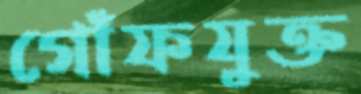
গোঁফযুক্ত